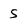
Character: 5